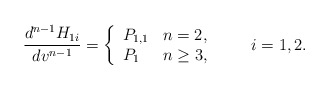
\begin{align*} \frac{d^{n-1}H_{1i}}{dv^{n-1}}=\left\{ \begin{array}{ll} P_{1,1} & n=2,\\ P_1 & n\geq 3, \end{array}\right.\qquad\textrm{$i=1,2$}.\end{align*}